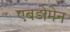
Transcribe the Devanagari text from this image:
एबडोमेन